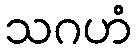
သဂဟံ